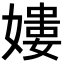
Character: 𡡎